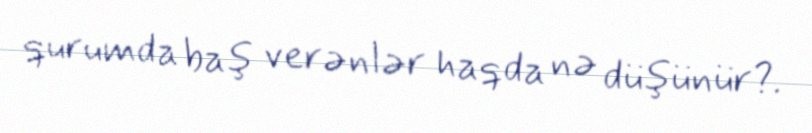
qurumda baş verənlər haqda nə düşünür?.